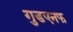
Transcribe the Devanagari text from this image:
गुडएनफ